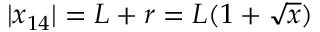
| x _ { 1 4 } | = L + r = L ( 1 + \sqrt { x } )